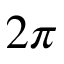
2 \pi